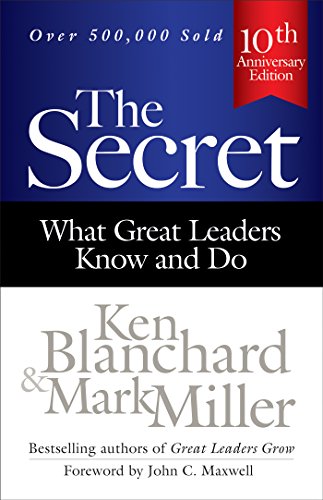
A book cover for The Secret: What Great Leaders Know and Do; Ken Blanchard; Business & Money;